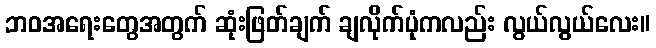
ဘဝအရေးတွေအတွက် ဆုံးဖြတ်ချက် ချလိုက်ပုံကလည်း လွယ်လွယ်လေး။